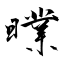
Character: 曗